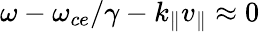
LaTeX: \omega-\omega_{ce}/\gamma-k_{\| }v_{\| }\approx 0